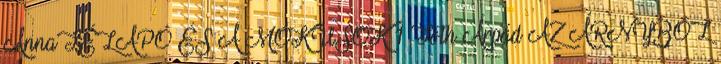
AnnaTÉLAPÓ ÉS A MÓKUSOK 1 Tóth Árpád AZ ÁRNYBÓL